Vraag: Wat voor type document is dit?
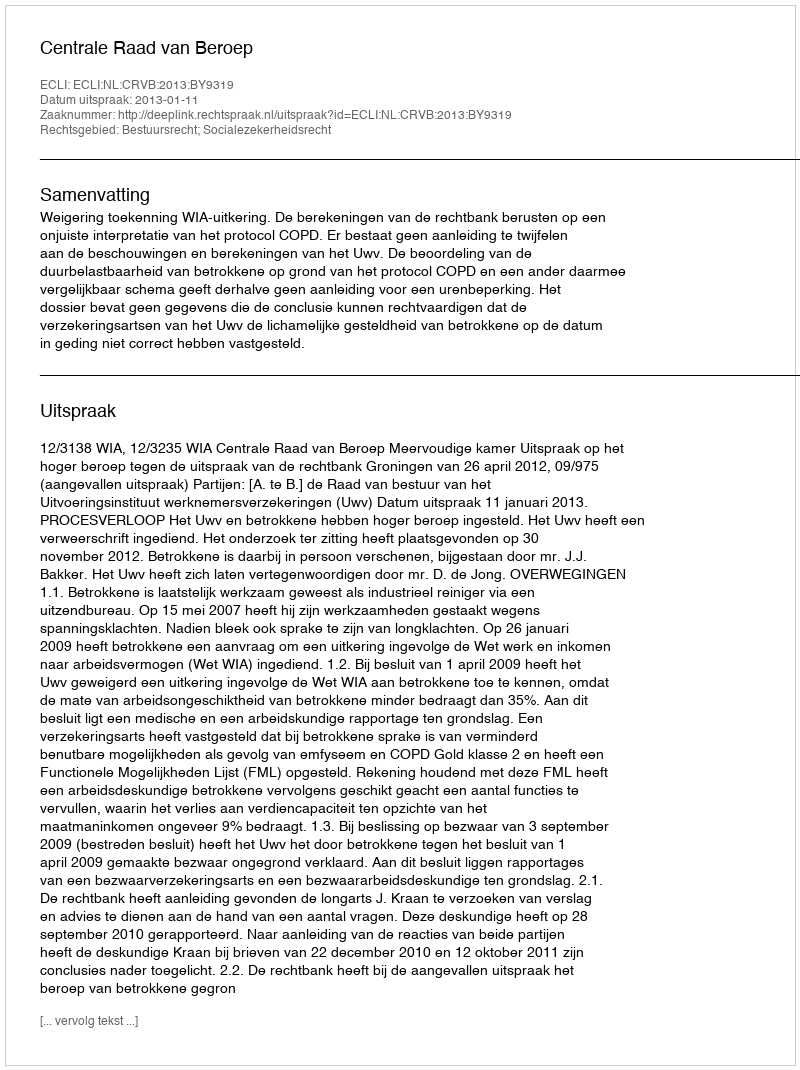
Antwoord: Uitspraak